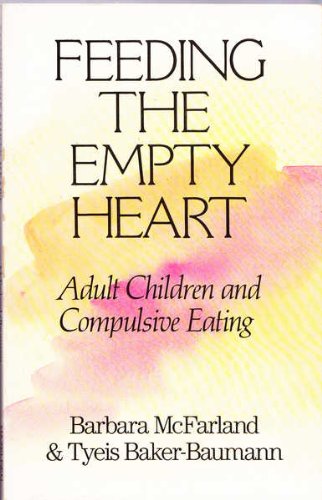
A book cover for Feeding the Empty Heart: Adult Children and Compulsive Eating; Barbara McFarland; Health, Fitness & Dieting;